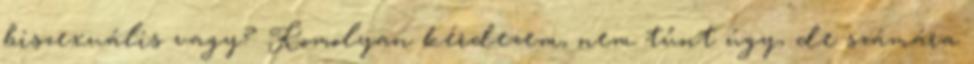
biszexuális vagy? Komolyan kérdezem, nem tűnt úgy, de számára